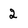
Character: 2